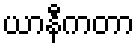
ယာနီကတာ